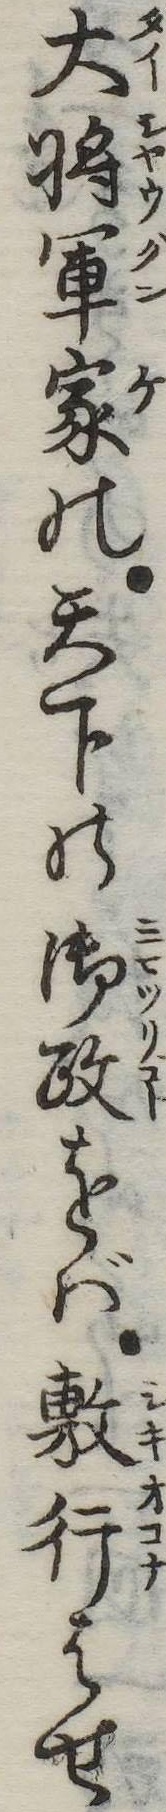
大将軍家の天下の御政をば敷行はせ